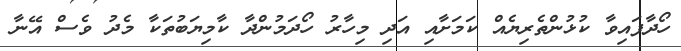
ހޯދާފައިވާ ކުޅުންތެރިޔެއް ކަމަށާއި އަދި މިހާރު ހޯދަމުންދާ ކާމިޔަބުތަކާ މެދު ވެސް އޭނާ